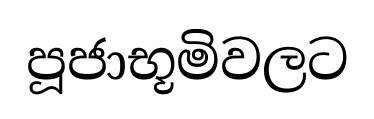
පූජාභූමිවලට